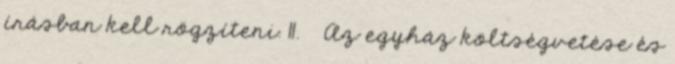
írásban kell rögzíteni. 11. § Az egyház költségvetése és